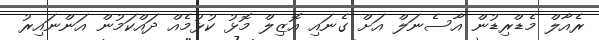
ރެއާލް މެޑްރިޑުން އާސެނަލް އަށް ގެނައި އޮޒިލް މޮޅު ކުޅުމެއް ދައްކަމުން އަންނައިރު